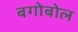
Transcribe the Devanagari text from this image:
बगोबोल